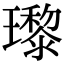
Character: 瓈